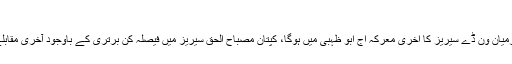
جنہیں بعد میں گولیاں…
پاکستان اور سر ی لنکا کے درمیان ون ڈے سیریز کا آخری معرکہ آج ابو ظہبی میں ہوگا، کپتان مصباح الحق سیریز میں فیصلہ کن برتری کے باوجود آخری مقابلے میں جیت کیلئے پرعزم ہیں۔